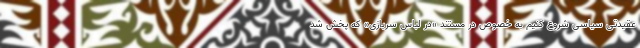
عقیدتی سیاسی شروع کنیم به خصوص در مستند «در لباس سربازی» که پخش شد